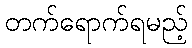
တက်ရောက်ရမည့်